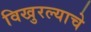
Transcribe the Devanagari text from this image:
विखुरल्याचे